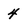
Character: 4